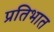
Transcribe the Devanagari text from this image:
प्रतिभात